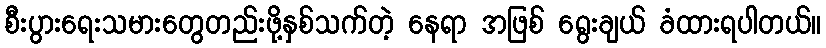
စီးပွားရေးသမားတွေတည်းဖို့နှစ်သက်တဲ့ နေရာ အဖြစ် ရွေးချယ် ခံထားရပါတယ်။